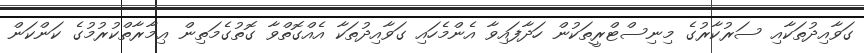
ގަވާއިދުތަކާއި ސަރުކާރުގެ މިނިސްޓްރީތަކުން ހަދާފައިވާ އެންމެހައި ގަވާއިދުތަކާ އެއްގޮތްވާ ގޮތުގެމަތިން ޢިމާރާތްކުރުމުގެ ކަންކަން